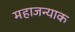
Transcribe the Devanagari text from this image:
महाजन्याक